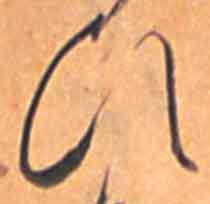
ひ